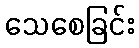
သေစေခြင်း